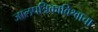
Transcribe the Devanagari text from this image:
जालपत्रिकाविश्वाचा